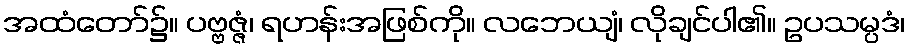
အထံတော်၌။ ပဗ္ဗဇ္ဇံ၊ ရဟန်းအဖြစ်ကို။ လဘေယျံ၊ လိုချင်ပါ၏။ ဥပသမ္ပဒံ၊